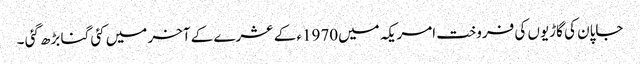
جاپان کی گاڑیوں کی فروخت امریکہ میں1970ء کے عشرے کے آخر میں کئی گنا بڑھ گئی ۔